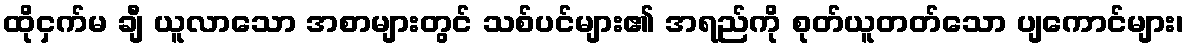
ထိုငှက်မ ချီ ယူလာသော အစာများတွင် သစ်ပင်များ၏ အရည်ကို စုတ်ယူတတ်သော ပျကောင်များ၊